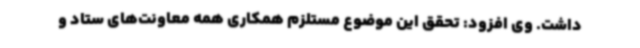
داشت. وی افزود: تحقق این موضوع مستلزم همکاری همه معاونت‌های ستاد و